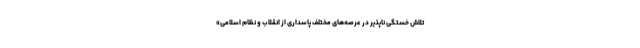
تلاش خستگی ناپذیر در عرصه‌های مختلف پاسداری از انقلاب و نظام اسلامی»